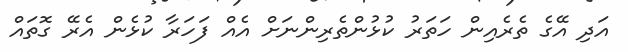
އަދި އޭގެ ތެރެއިން ހަތަރު ކުޅުންތެރިންނަށް އެއް ފަހަރާ ކުޅެން އެރޭ ގޮތައް